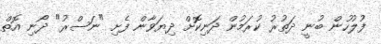
ފުލުހުން ބުނީ ދަތުރު ކުރަމުން ދަނިކޮށް ދިޔަވާން ފެށި "ނަސްރު" ދޯނި އޮތް